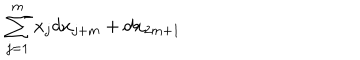
\sum _ { j = 1 } ^ { m } x _ { j } d x _ { j + m } + d x _ { 2 m + 1 }